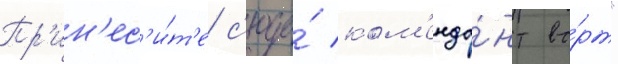
Пр'ин'ес'и́т'е с'юда́ ком'енда́нт во́рт"